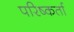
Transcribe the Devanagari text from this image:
परिष्कर्ता